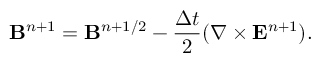
{ \bf B } ^ { n + 1 } = { \bf B } ^ { n + 1 / 2 } - \frac { \Delta t } { 2 } ( \nabla \times { \bf E } ^ { n + 1 } ) .